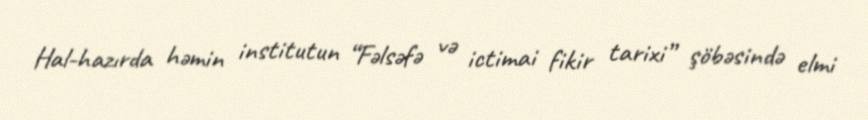
Hal-hazırda həmin institutun “Fəlsəfə və ictimai fikir tarixi” şöbəsində elmi